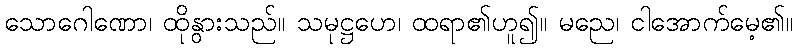
သောဂေါဏော၊ ထိုနွားသည်။ သမုဋ္ဌဟေ၊ ထရာ၏ဟူ၍။ မညေ၊ ငါအောက်မေ့၏။